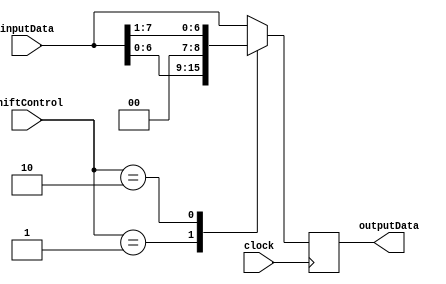
module FixedPointShiftRegister (
    input [7:0] inputData,
    input [1:0] shiftControl,
    output reg [7:0] outputData,
    input clock
);

always @ (posedge clock) begin
    case(shiftControl)
        2'b00: outputData <= inputData; // no shift
        2'b01: outputData <= inputData << 1; // left shift by 1 position
        2'b10: outputData <= inputData >> 1; // right shift by 1 position
        // add more cases for shifting by larger amounts if needed
        default: outputData <= inputData; // default to no shift
    endcase
end

endmodule